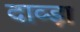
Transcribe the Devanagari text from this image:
दाव्ड़ा